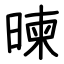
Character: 暕